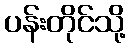
ပန်းတိုင်သို့